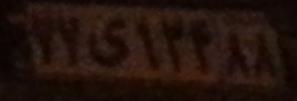
۷۷ی۱۲۴۸۸